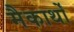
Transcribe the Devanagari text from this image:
मैकार्थों